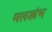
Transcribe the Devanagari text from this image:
मलखंभ